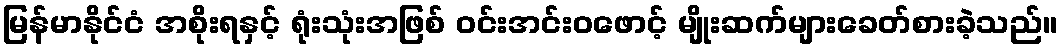
မြန်မာနိုင်ငံ အစိုးရနှင့် ရုံးသုံးအဖြစ် ဝင်းအင်းဝဖောင့် မျိုးဆက်များခေတ်စားခဲ့သည်။